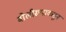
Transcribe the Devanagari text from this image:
बोलीरूपाकडून